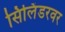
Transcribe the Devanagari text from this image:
सिलिंडरवर